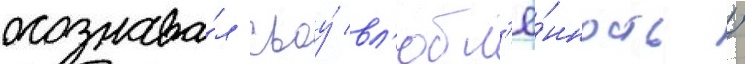
осознава́л своу́ вл'юбл'ё́нность /